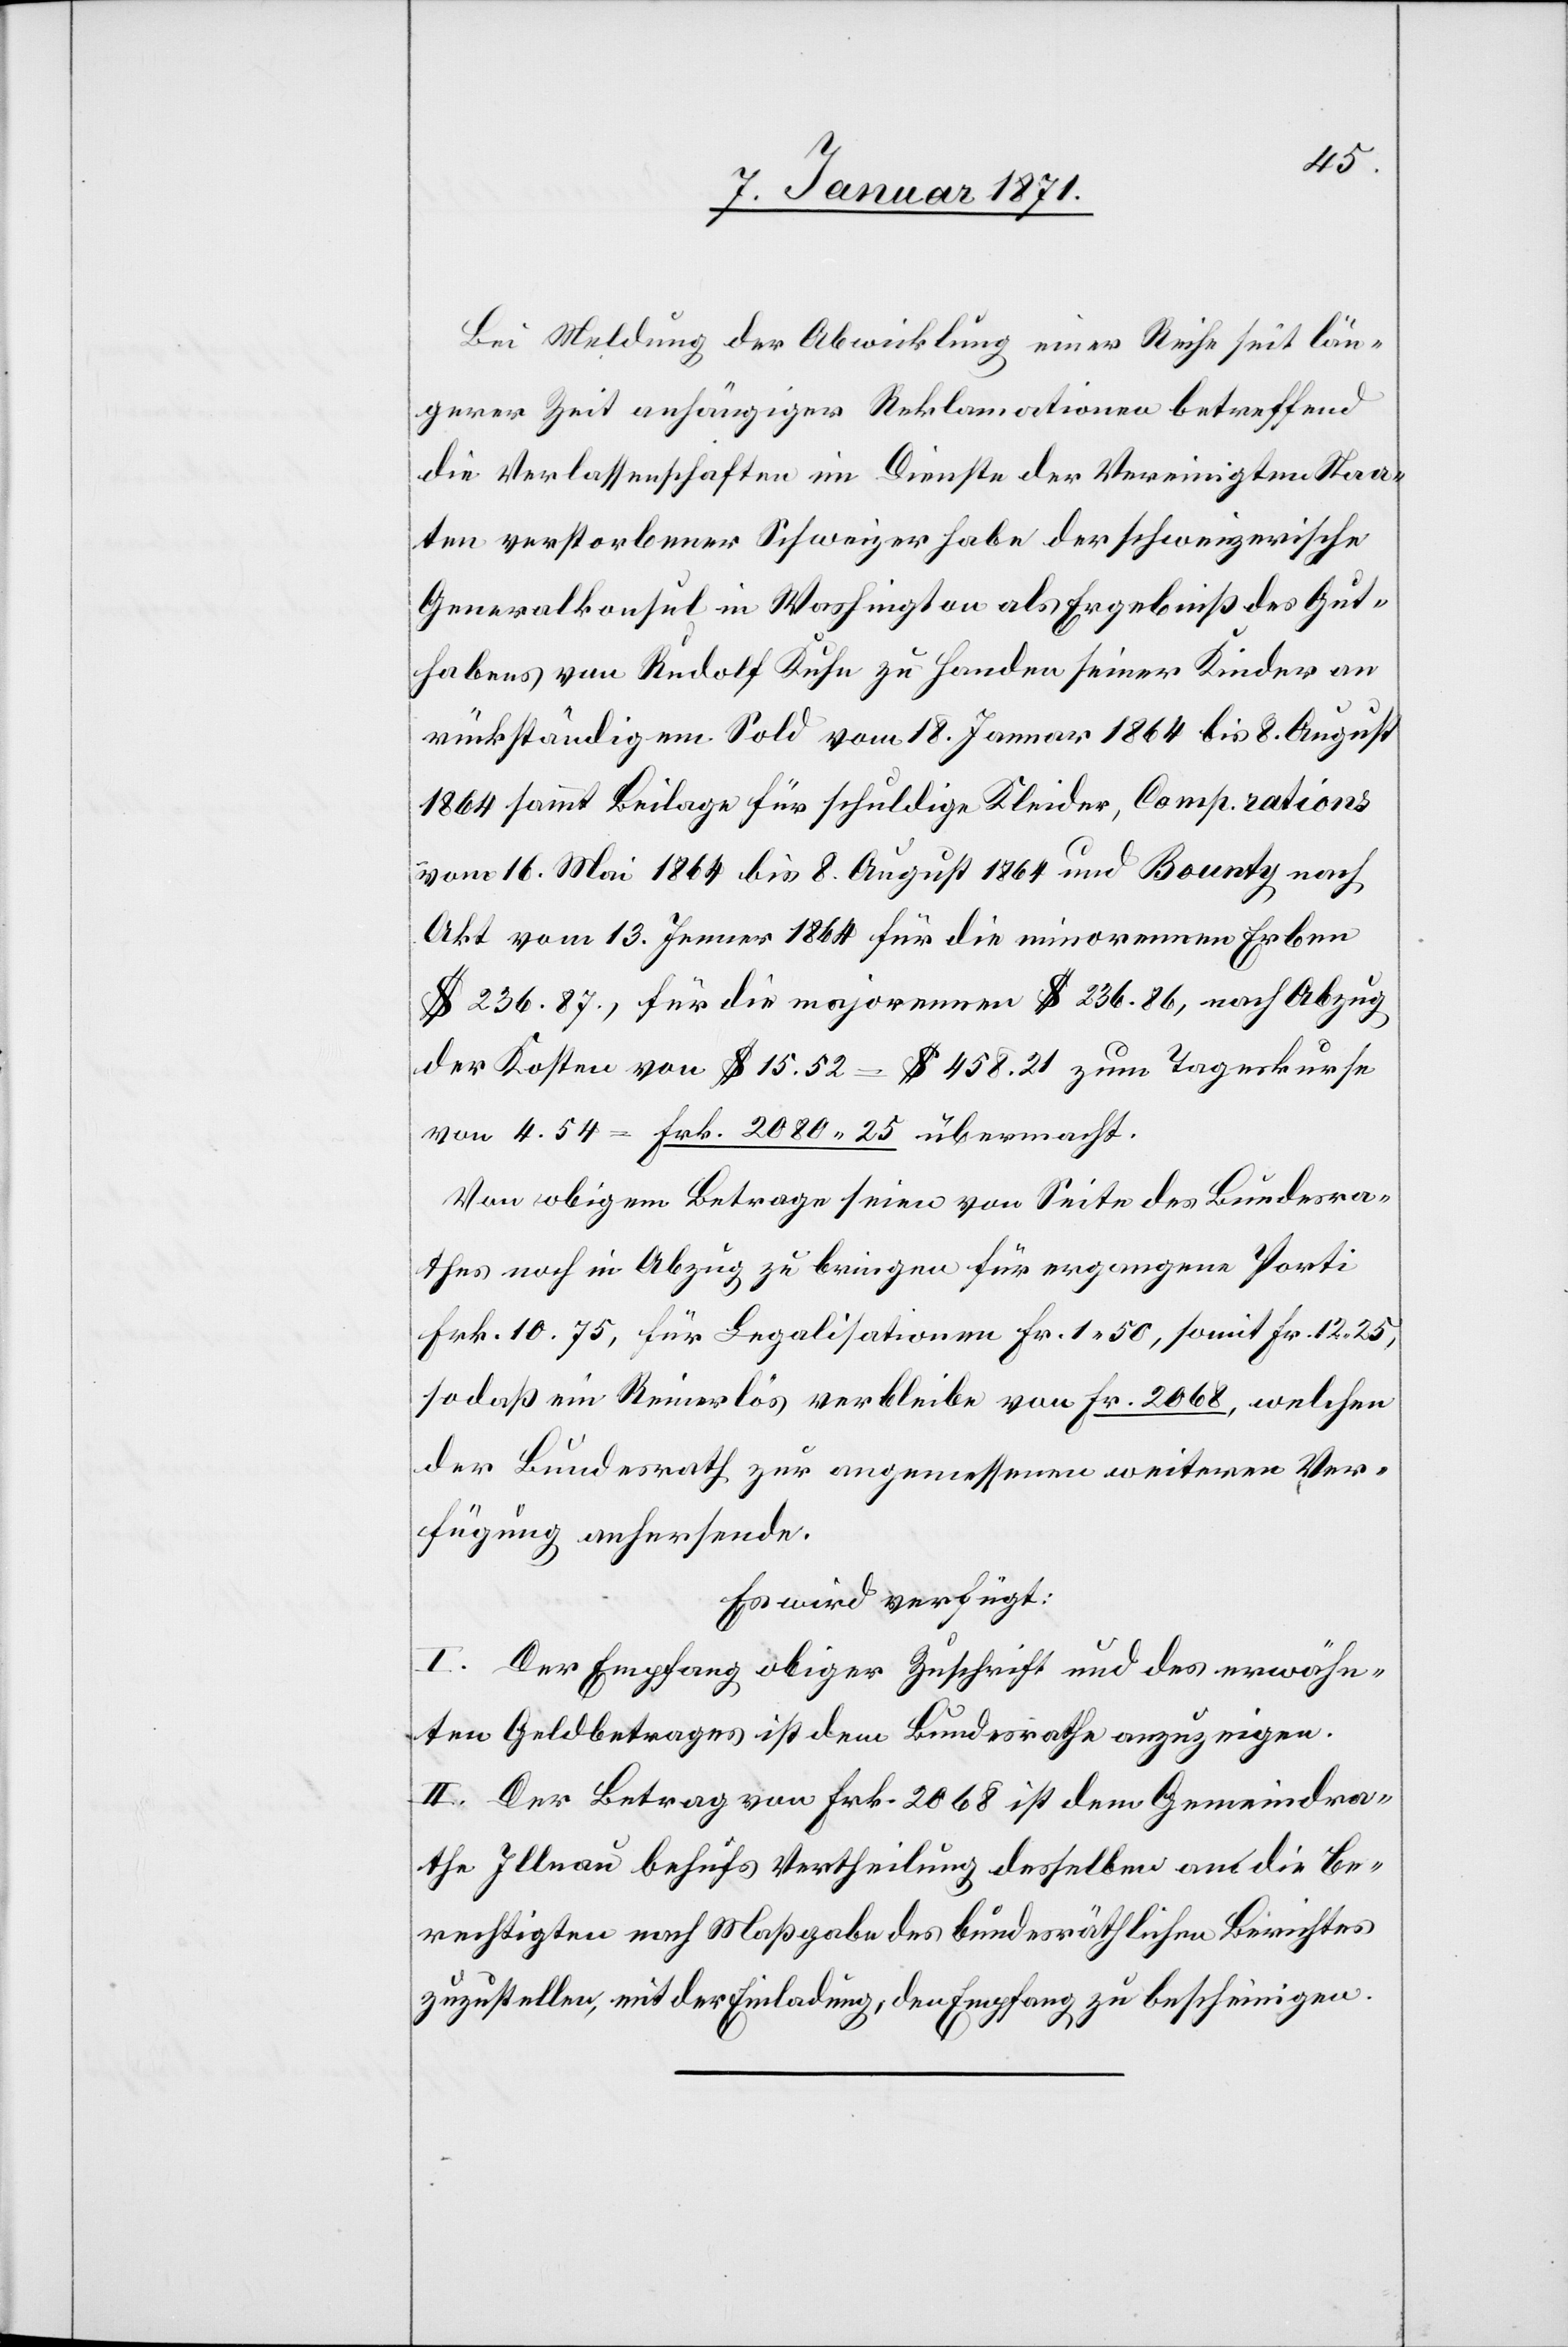
Bei Meldung der Abwicklung einer Reise seit län¬
gerer Zeit anhängiger Reklamationen betreffend
die Verlassenschaften im Dienste der Vereinigten Staa¬
ten verstorbener Schweizer habe der schweizerische
Generalkonsul in Washington als Ergebniß des Gut¬
habens von Rudolf Kuhn zu Handen seiner Kinder an
rückständigem Sold vom 18. Januar 1864 bis 8. August
1864 sammt Beilage für schuldige Kleider, Comp. rations
vom 16. Mai 1864 bis 8. August 1864 und Bounty nach
Akt vom 13. Januar 1864 für die minorennen Erben
$ 236.87., für die majorennen $ 236.86, nach Abzug
der Kosten von $ 15.52 = $ 458.21 zum Tageskurse
von 4.54 = Frk. 2080.25 übermacht.
Von obigem Betrage seien von Seite des Bundesra¬
thes noch in Abzug zu bringen für ergangene Porti
Frk. 10.75, für Legalisationen Fr. 1.50, sowie Fr. 12.25,
so daß ein Reinerlös verbleibe von Fr. 2068, welchen
der Bundesrath zur angemessenen weiteren Ver¬
fügung anhersende.
Es wird verfügt:
I. Der Empfang obiger Zuschrift und des erwähn¬
ten Geldbetrages ist dem Bundesrath anzuzeigen.
II. Der Betrag von Frk. 2068 ist dem Gemeindra¬
the Illnau behufs Vertheilung desselben am [sic!] die Be¬
rechtigten nach Maßgabe des bundesräthlichen Berichtes
zuzustellen, mit der Einladung, den Empfang zu bescheinigen.